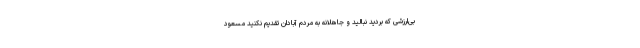
بی‌ارزشی که بُردید نبالید و جاهلانه به مردم آبادان تقدیم نکنید مسعود